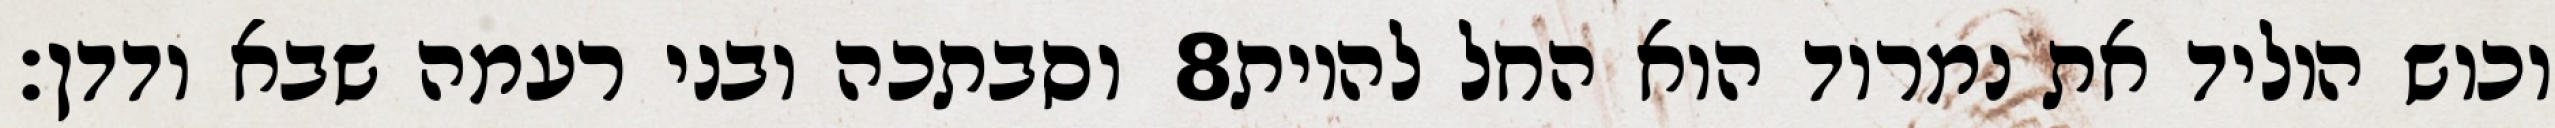
וסבתכה ובני רעמה שבא ודדן׃ ‎8‏ וכוש הוליד את נמרוד הוא החל להיות